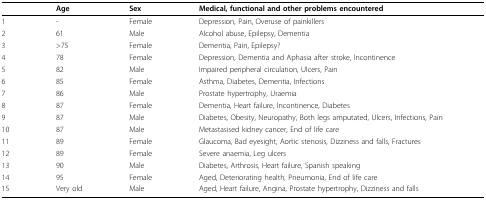
|  | Age | Sex | Medical, functional and other problems encountered |
 | --- | --- | --- | --- |
 | 1 | - | Female | Depression, Pain, Overuse of painkillers |
 | 2 | 61 | Male | Alcohol abuse, Epilepsy, Dementia |
 | 3 | >75 | Female | Dementia, Pain, Epilepsy? |
 | 4 | 78 | Female | Depression, Dementia and Aphasia after stroke, Incontinence |
 | 5 | 82 | Male | Impaired peripheral circulation, Ulcers, Pain |
 | 6 | 85 | Female | Asthma, Diabetes, Dementia, Infections |
 | 7 | 86 | Male | Prostate hypertrophy, Uraemia |
 | 8 | 87 | Female | Dementia, Heart failure, Incontinence, Diabetes |
 | 9 | 87 | Male | Diabetes, Obesity, Neuropathy, Both legs amputated, Ulcers, Infections, Pain |
 | 10 | 87 | Male | Metastasised kidney cancer, End of life care |
 | 11 | 89 | Female | Glaucoma, Bad eyesight, Aortic stenosis, Dizziness and falls, Fractures |
 | 12 | 89 | Female | Severe anaemia, Leg ulcers |
 | 13 | 90 | Male | Diabetes, Arthrosis, Heart failure, Spanish speaking |
 | 14 | 95 | Female | Aged, Deteriorating health, Pneumonia, End of life care |
 | 15 | Very old | Male | Aged, Heart failure, Angina, Prostate hypertrophy, Dizziness and falls |